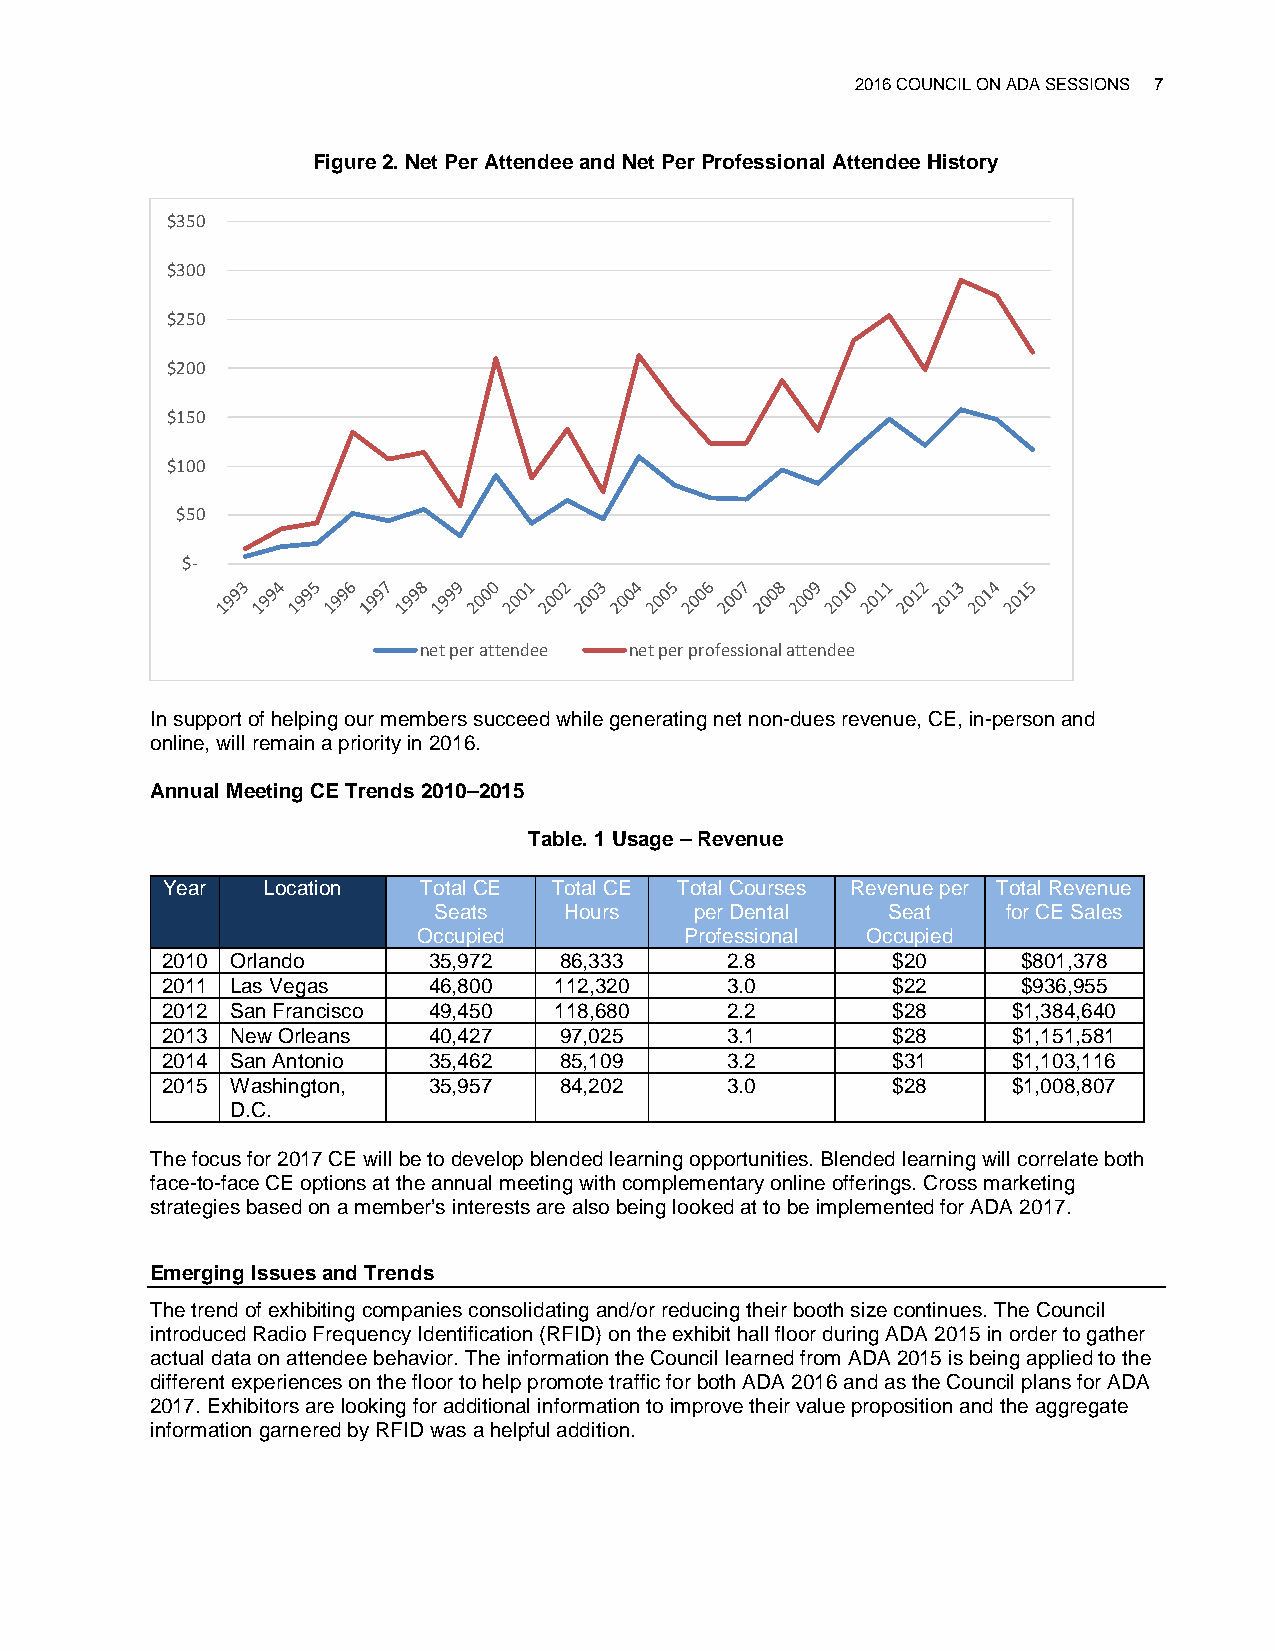
2016 COUNCIL ON ADA SESSIONS 7
 Figure 2. Net Per Attendee and Net Per Professional Attendee History
 $350
 $300
 $250
 $200
 $150
 $100
 $50
 $-
 net per attendee net per professional attendee
 In support of helping our members succeed while generating net non-dues revenue, CE, in-person and
 online, will remain a priority in 2016.
 Annual Meeting CE Trends 2010–2015
 Table. 1 Usage – Revenue
 Year  Location   Total CE Total CE Total Courses Revenue per Total Revenue
 Seats   Hours    per Dental   Seat    for CE Sales
 Occupied         Professional Occupied
 2010 Orlando     35,972   86,333     2.8        $20      $801,378
 2011 Las Vegas   46,800   112,320    3.0        $22      $936,955
 2012 San Francisco 49,450 118,680    2.2        $28     $1,384,640
 2013 New Orleans 40,427   97,025     3.1        $28     $1,151,581
 2014 San Antonio 35,462   85,109     3.2        $31     $1,103,116
 2015 Washington, 35,957   84,202     3.0        $28     $1,008,807
 D.C.
 The focus for 2017 CE will be to develop blended learning opportunities. Blended learning will correlate both
 face-to-face CE options at the annual meeting with complementary online offerings. Cross marketing
 strategies based on a member’s interests are also being looked at to be implemented for ADA 2017.
 Emerging Issues and Trends
 The trend of exhibiting companies consolidating and/or reducing their booth size continues. The Council
 introduced Radio Frequency Identification (RFID) on the exhibit hall floor during ADA 2015 in order to gather
 actual data on attendee behavior. The information the Council learned from ADA 2015 is being applied to the
 different experiences on the floor to help promote traffic for both ADA 2016 and as the Council plans for ADA
 2017. Exhibitors are looking for additional information to improve their value proposition and the aggregate
 information garnered by RFID was a helpful addition.